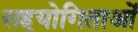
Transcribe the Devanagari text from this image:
सहयोगिताओं